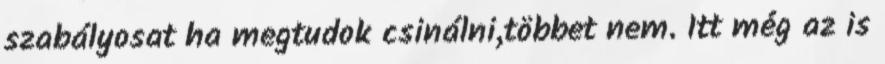
szabályosat ha megtudok csinálni,többet nem. Itt még az is